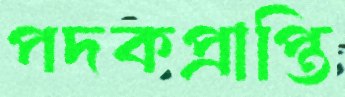
পদকপ্রাপ্তি